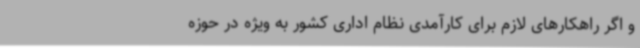
و اگر راهکارهای لازم برای کارآمدی نظام اداری کشور به ویژه در حوزه